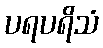
ပရပရိသံ